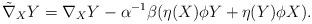
LaTeX: \begin{align*} \tilde \nabla_X Y = \nabla_X Y - \alpha^{-1} \beta( \eta(X) \phi Y + \eta(Y) \phi X).\end{align*}